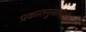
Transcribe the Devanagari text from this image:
प्रकारानुसारदेखील